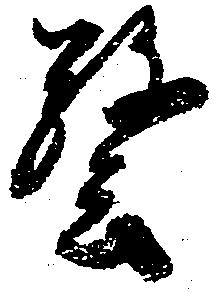
警